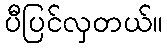
ပီပြင်လှတယ်။